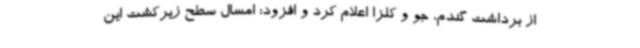
از برداشت گندم، جو و کلزا اعلام کرد و افزود: امسال سطح زیرکشت این